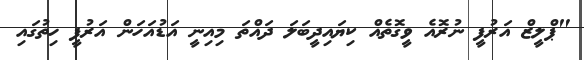
"ޕްލީޒް އަރުފީ ނުރޮއެ ވީގޮތެއް ކިޔައިދީބަލަ ދައްތަ މިއިނީ އަޑުއަހަން އަރުފީ ހިތުގައި